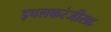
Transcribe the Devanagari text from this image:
इचलकरंजीसह